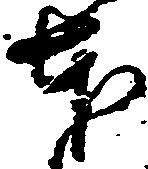
本